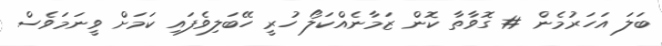
ބަލަ އަހަރުމެން # ގޮވާތާ ކޮން ޒަމާނެއްކަލޯ ހުރީ ހޭބަލިވެފައި ކަމަށް ވީނަމަވެސް